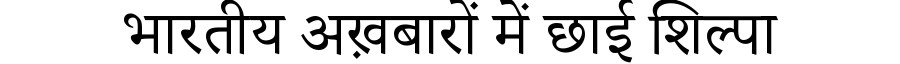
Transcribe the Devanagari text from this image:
भारतीय अख़बारों में छाई शिल्पा